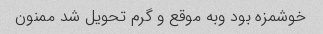
خوشمزه بود وبه موقع و گرم تحویل شد ممنون